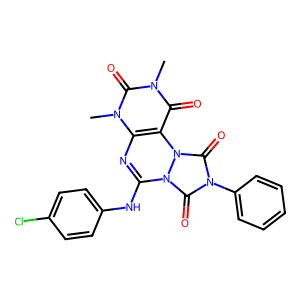
SMILES: Cn1c(=O)c2c(nc(Nc3ccc(Cl)cc3)n3c(=O)n(-c4ccccc4)c(=O)n23)n(C)c1=O
Inhibits HIV replication: No